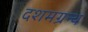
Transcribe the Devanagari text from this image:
दशमग्रन्थ